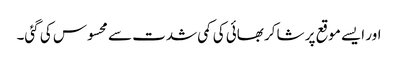
اور ایسے موقع پر شاکر بھائی کی کمی شدت سے محسوس کی گئی۔